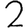
Digit: 2